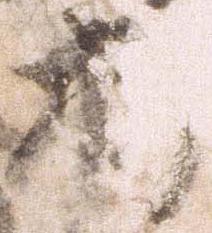
打